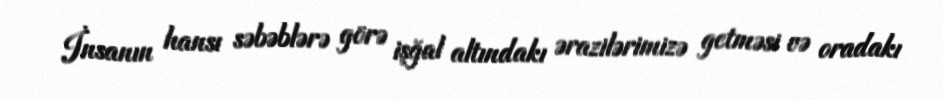
İnsanın hansı səbəblərə görə işğal altındakı ərazilərimizə getməsi və oradakı